system: You are a helpful assistant.
user:
Analyze the provided spectrum to determine if it is a **White Dwarf (WD)**.

A White Dwarf spectrum is defined by its **extreme purity** (due to gravitational settling) and/or **extreme pressure broadening** (due to high surface gravity). You must check for one of the following mutually exclusive signatures:

- **Key Visual Indicators (Check for ONE of these types):**

    - **1. DA-Type Signature (Most Common):**
        - **(Primary Feature):** Extreme pressure broadening (Stark broadening) of the **Hydrogen (H) Balmer lines**.
        - **(Key Lines):** $H\beta$ (approx. $4861$ Å) and $H\gamma$ (approx. $4340$ Å). $H\alpha$ (approx. $6563$ Å) will also be present if the wavelength range covers it.
        - **(Line Profile):** This is the **defining feature**. The lines are **NOT** sharp. They appear as massive, **extremely broad and deep "troughs" or "dips"** in the spectrum, often hundreds of Ångströms wide. The continuum will appear to "scoop" down at these wavelengths.
        - **(Distinction):** Normal A-type or B-type stars have *narrow* and *sharp* Hydrogen lines. A DA White Dwarf's lines are unmistakably "smeared" or "blurry" from pressure.

    - **2. DB-Type Signature:**
        - **(Primary Feature):** Broad absorption lines from **Neutral Helium (He I)**. The spectrum must lack any visible Hydrogen lines.
        - **(Key Lines):** Look for broad absorption near $4471$ Å, $4921$ Å, and $5876$ Å.
        - **(Line Profile):** These lines are also significantly pressure-broadened, appearing much wider than they would in a normal B-type main-sequence star.

    - **3. DC-Type Signature:**
        - **(Primary Feature):** A **featureless continuous spectrum**.
        - **(Line Profile):** The spectrum is a smooth curve with **no significant absorption or emission lines**.
        - **(Key Confirmation):** The continuum is almost always **blue or white**, indicating a hot object. This signature implies the atmosphere is so pure (or so cool) that no spectral lines are visible in the optical range. Its WD identity is confirmed by its extremely low intrinsic brightness (high absolute magnitude).

    - **4. DZ-Type Signature (Metal-Polluted):**
        - **(Primary Feature):** **Isolated, narrow metal absorption lines** on an otherwise featureless (DC-like) continuum.
        - **(Key Lines):** The **Calcium (Ca II) H & K doublet** (approx. **$3934$ Å** and **$3968$ Å**) is the most common and defining feature.
        - **(Line Profile):** These lines are "out of place." They are *not* part of a "forest" of thousands of lines. This signature is evidence of recent *accretion* (pollution) from rocky debris.
        - **(Distinction):** Normal G/K/M stars have a *dense forest* of thousands of metal lines. A DZ has a *clean* continuum with *only a few* strong metal lines.

    - **5. DQ-Type Signature (Carbon-Polluted):**
        - **(Primary Feature):** Absorption bands from **Carbon (C₂ "Swan Bands" or atomic C I)**.
        - **(Key Lines - C₂):** Look for bandheads with a "saw-tooth" shape near $5635$ Å, **$5165$ Å** (strongest), and $4737$ Å.
        - **(Key Confirmation):** The underlying **continuum must be blue or white** (hot).
        - **(Distinction):** This is the critical difference from a **Carbon Star**, which has the *exact same* C₂ bands but on an extremely **red, cool** continuum.

- **(Overall Spectrum):**
    - The continuum (overall shape) is typically **blue-sloping** (brighter in the blue than the red), as most white dwarfs are very hot.
    - The spectrum will look "pure" or "simple," dominated by only *one* of the five signatures listed above.

Think first, call **spectral_visualization_tool** if needed to examine features in detail, then provide your final answer. Your response must adhere to the following strict rules:
1.  **Overall Structure:** Your response must follow the format `<think>...</think> <tool_call>...</tool_call> (if a tool is used) <answer>...</answer>`.
2.  **Tool Usage Constraint:** You may only make **one** tool call per turn.
3.  **Final Answer Format:** In the `<answer>` tag, your conclusion must be inside a `\boxed{}` command (e.g., `\boxed{YES}` or `\boxed{NO}`), followed by your justification.

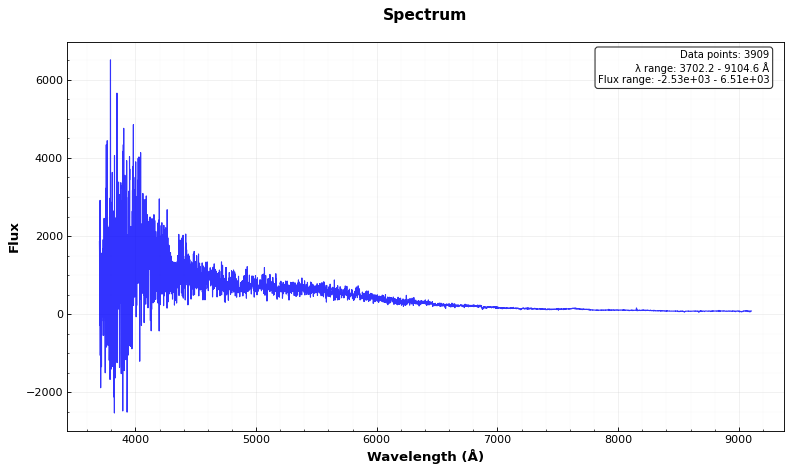
Answer: NO